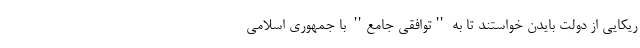
ریکایی از دولت بایدن خواستند تا به ''توافقی جامع'' با جمهوری اسلامی